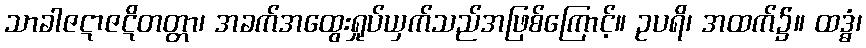
သာခါဇဋာဇဋိတတ္တာ၊ အခက်အထွေးရှုပ်ယှက်သည်အဖြစ်ကြောင့်။ ဥပရိ၊ အထက်၌။ ထဒ္ဓံ၊